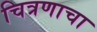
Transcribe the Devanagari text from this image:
चित्रणाचा